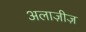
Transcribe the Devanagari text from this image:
अलाज़ीज़